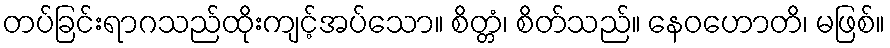
တပ်ခြင်းရာဂသည်ထိုးကျင့်အပ်သော။ စိတ္တံ၊ စိတ်သည်။ နေဝဟောတိ၊ မဖြစ်။